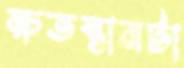
ক্ষতস্থানটা